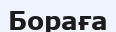
Бораға